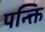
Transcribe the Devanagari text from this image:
पन्क्ति